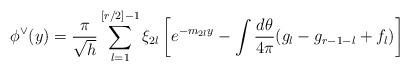
LaTeX: \begin{align*}\phi ^{\vee }(y)=\frac{\pi }{\sqrt{h}}\sum_{l=1}^{[r/2]-1}\xi _{2l}\left[e^{-m_{2l}y}-\int \frac{d\theta }{4\pi }(g_{l}-g_{r-1-l}+f_{l})\right]\end{align*}